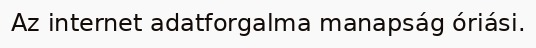
Az internet adatforgalma manapság óriási.